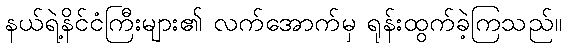
နယ်ရဲ့နိင်ငံကြီးများ၏ လက်အောက်မှ ရုန်းထွက်ခဲ့ကြသည်။